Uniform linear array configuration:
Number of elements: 64
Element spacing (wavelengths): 0.25
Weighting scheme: cosine
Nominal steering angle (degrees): -45
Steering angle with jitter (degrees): -44.232
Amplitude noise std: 0.05
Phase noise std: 0.05

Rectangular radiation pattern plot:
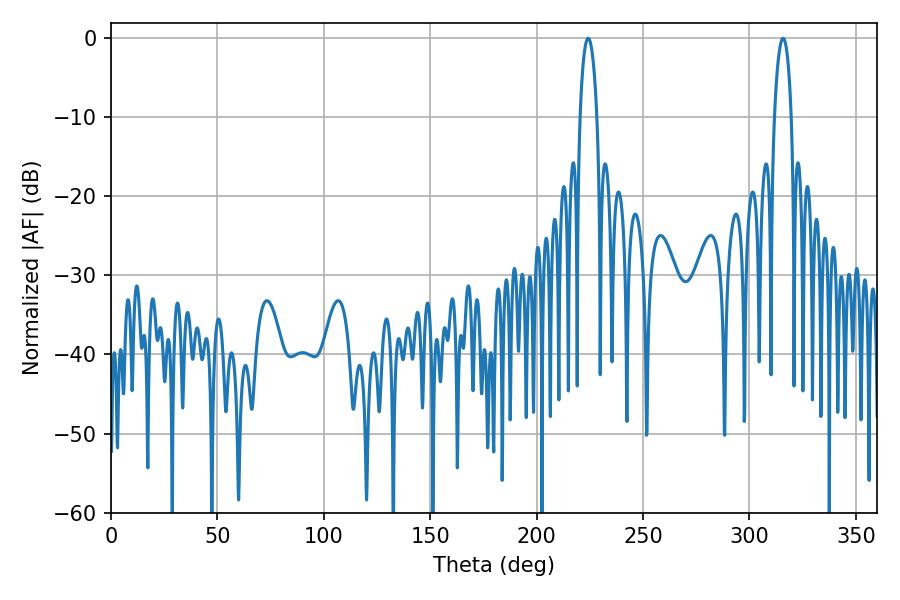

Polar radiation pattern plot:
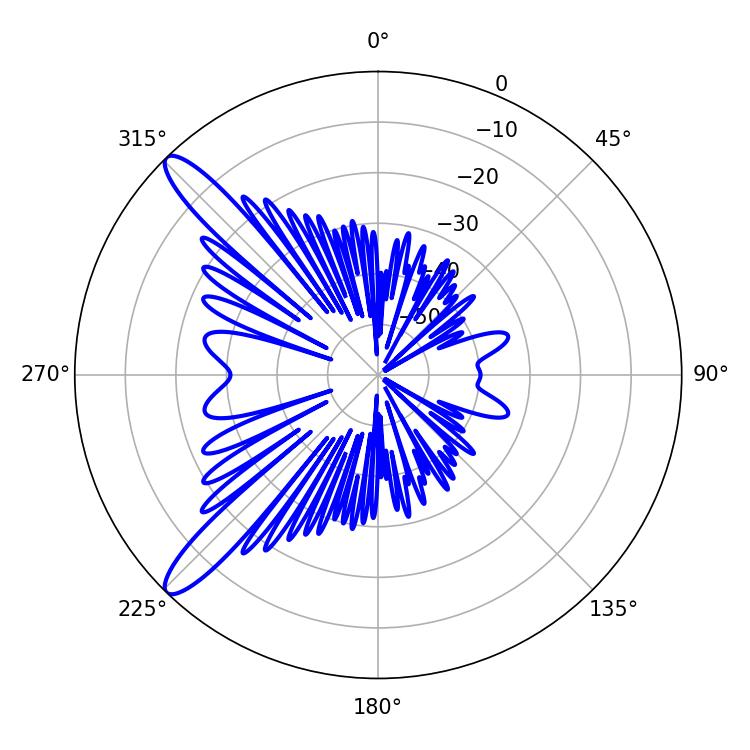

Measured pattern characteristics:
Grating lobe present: FALSE
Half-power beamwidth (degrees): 4.5
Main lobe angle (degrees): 224.28